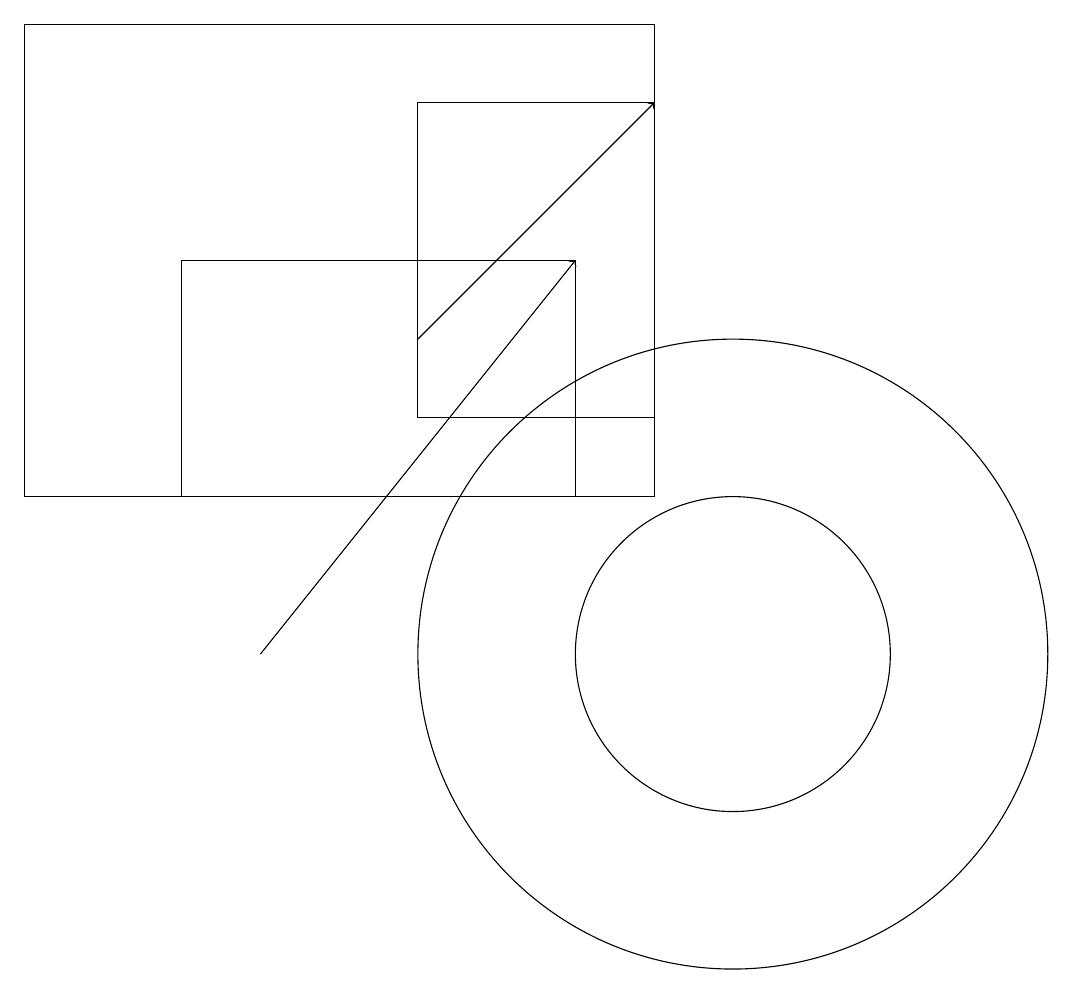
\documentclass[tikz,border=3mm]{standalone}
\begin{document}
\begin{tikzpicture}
\draw[->] (4,11) -- (8,16);
\draw (9,19) rectangle (1,13);
\draw (10,11) circle (2);
\draw (6,14) rectangle (9,18);
\draw (8,16) rectangle (3,13);
\draw[->] (6,15) -- (9,18);
\draw (10,11) circle (4);
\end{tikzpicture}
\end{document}